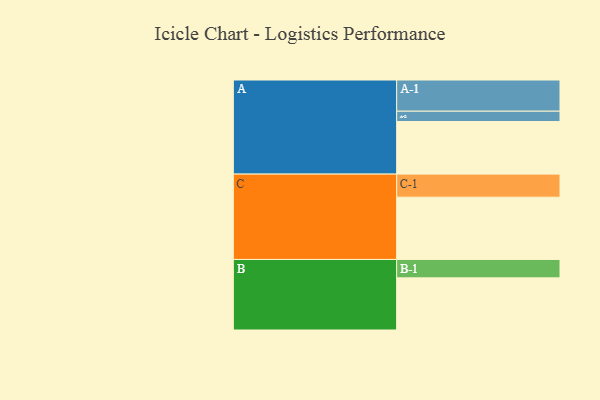
{"axis": {"x": "Segment", "y": "Value"}, "legend": ["", "A", "B", "C"], "data": [{"x": "A", "y": 497, "type": ""}, {"x": "B", "y": 493, "type": ""}, {"x": "C", "y": 589, "type": ""}, {"x": "A-1", "y": 295, "type": "A"}, {"x": "A-2", "y": 98, "type": "A"}, {"x": "B-1", "y": 174, "type": "B"}, {"x": "C-1", "y": 218, "type": "C"}]}